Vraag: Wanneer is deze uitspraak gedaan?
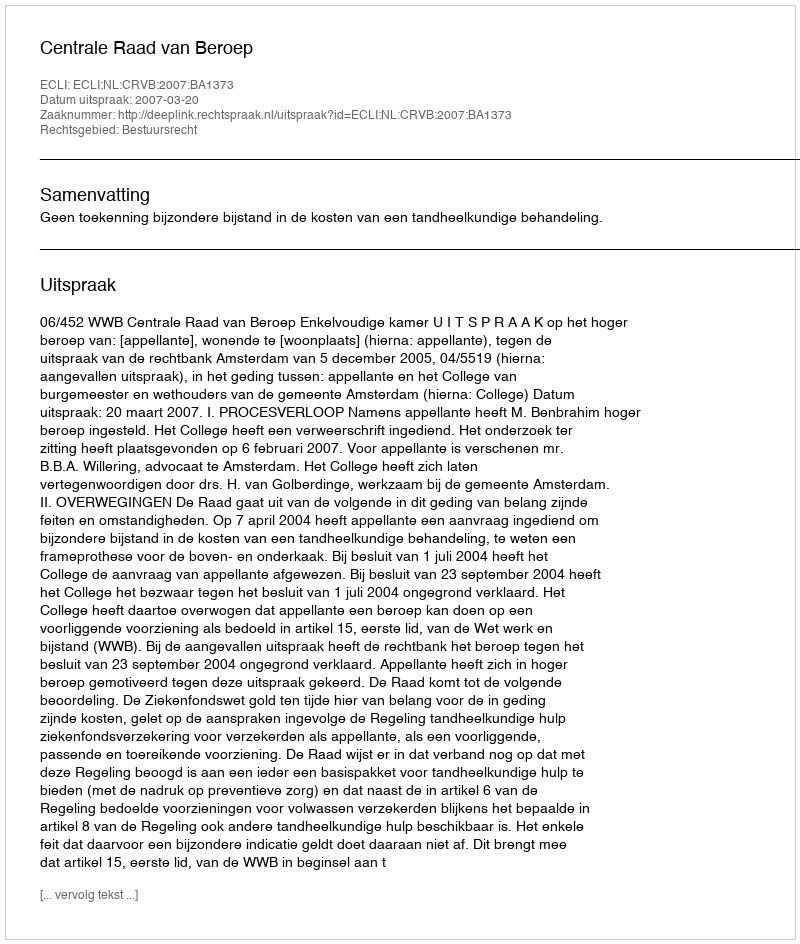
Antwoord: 2007-03-20